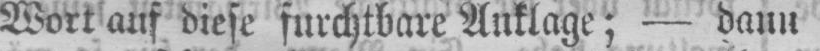
Wort auf diese furchtbare Anklage; - dann